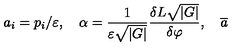
a _ { i } = p _ { i } / \varepsilon , \quad \alpha = \frac 1 { \varepsilon \sqrt { \left| G \right| } } \frac { \delta L \sqrt { \left| G \right| } } { \delta \varphi } , \quad \overline { { a } }